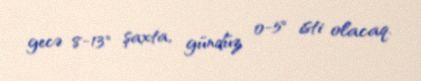
gecə 8-13° şaxta, gündüz 0-5° isti olacaq.